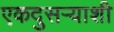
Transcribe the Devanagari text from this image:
एकदुसऱ्याशी